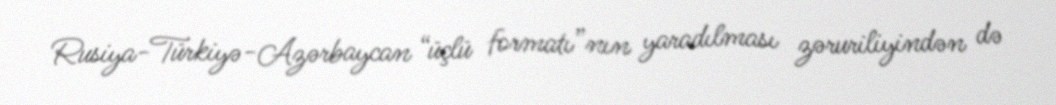
Rusiya-Türkiyə-Azərbaycan “üçlü formatı”nın yaradılması zəruriliyindən də